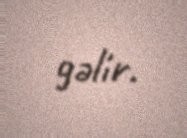
gəlir.